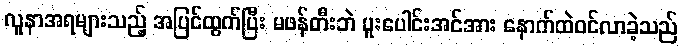
လူနာအရများသည့် အပြင်ထွက်ပြီး မဖန်တီးဘဲ ပူးပေါင်းအင်အား နောက်ထဲဝင်လာခဲ့သည်